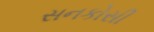
સનકોસી